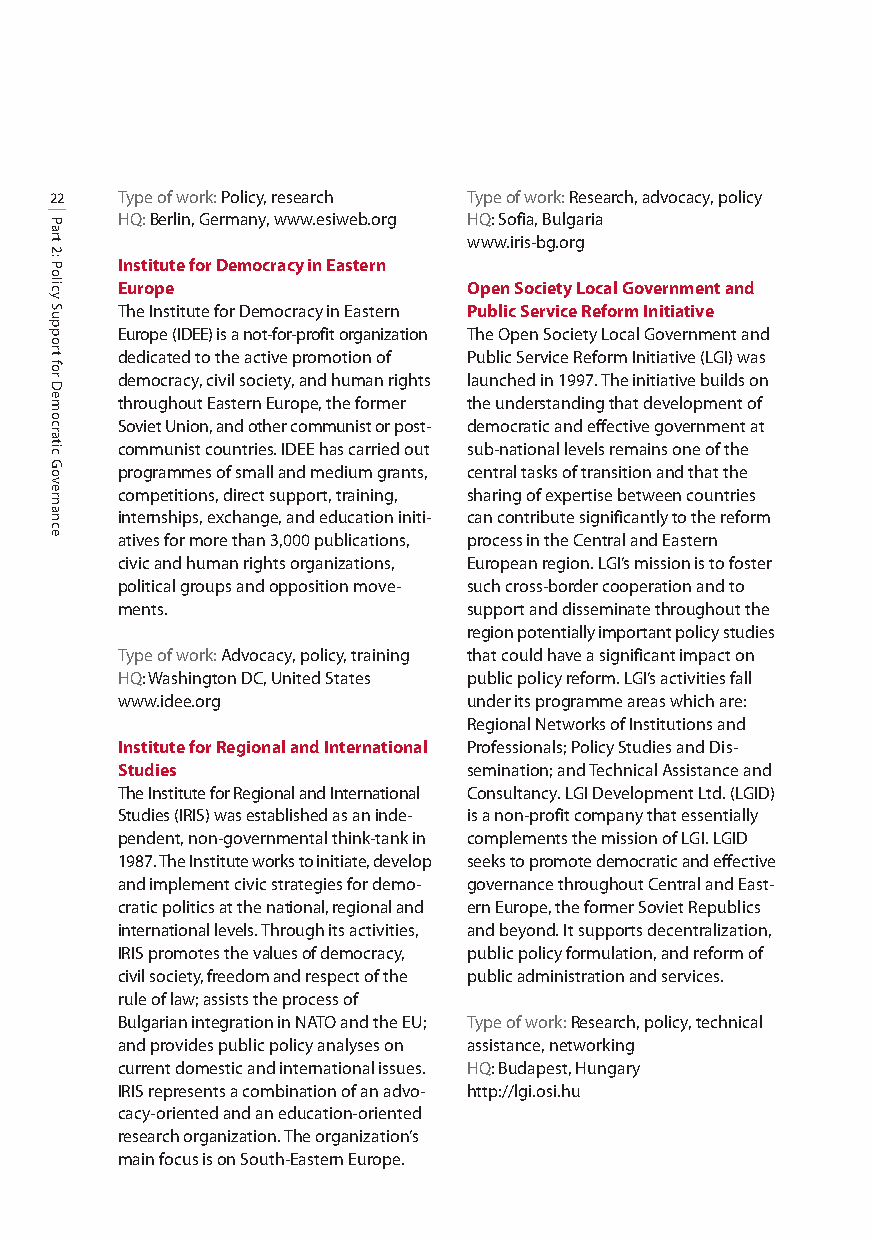
22   Type of work: Policy, research Type of work: Research, advocacy, policy
 HQ:Berlin, Germany, www.esiweb.org HQ: Sofia, Bulgaria
 www.iris-bg.org
 Institute for Democracy in Eastern
 Europe                 Open Society Local Government and
 The Institute for Democracy in Eastern Public Service Reform Initiative
 Europe (IDEE) is a not-for-profit organization The Open Society Local Government and
 dedicated to the active promotion of Public Service Reform Initiative (LGI) was
 democracy, civil society, and human rights launched in 1997. The initiative builds on
 throughout Eastern Europe, the former the understanding that development of
 Soviet Union, and other communist or post- democratic and effective government at
 communist countries. IDEE has carried out sub-national levels remains one of the
 programmes of small and medium grants, central tasks of transition and that the
 competitions, direct support, training, sharing of expertise between countries
 internships, exchange, and education initi- can contribute significantly to the reform
 atives for more than 3,000 publications, process in the Central and Eastern
 civic and human rights organizations, European region. LGI’s mission is to foster
 political groups and opposition move- such cross-border cooperation and to
 ments.                 support and disseminate throughout the
 region potentially important policy studies
 Type of work: Advocacy, policy, training that could have a significant impact on
 HQ: Washington DC, United States public policy reform. LGI’s activities fall
 www.idee.org           under its programme areas which are:
 Regional Networks of Institutions and
 Institute for Regional and International Professionals; Policy Studies and Dis-
 Studies                semination; and Technical Assistance and
 The Institute for Regional and International Consultancy. LGI Development Ltd. (LGID)
 Studies (IRIS) was establishedas an inde- is a non-profit company that essentially
 pendent, non-governmental think-tank in complements the mission of LGI. LGID
 1987. The Institute works to initiate, develop seeks to promote democratic and effective
 and implement civic strategies for demo- governance throughout Central and East-
 cratic politics at the national, regional and ern Europe, the former Soviet Republics
 international levels.Through its activities, and beyond. It supports decentralization,
 IRIS promotes the values of democracy, public policy formulation, and reform of
 civil society, freedomand respect of the public administration and services.
 rule of law; assists the process of
 Bulgarian integration in NATO and the EU; Type of work: Research, policy, technical
 and provides public policy analyses on assistance, networking
 current domestic and international issues. HQ: Budapest, Hungary
 IRIS represents a combination of an advo- http://lgi.osi.hu
 cacy-oriented and an education-oriented
 research organization. The organization’s
 main focus is on South-Eastern Europe.
 Part
 2:
 Policy
 Support
 for
 Democratic
 Governance